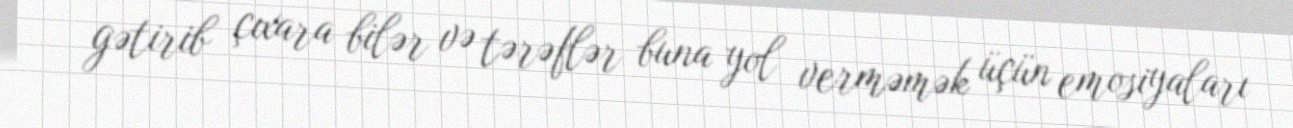
gətirib çıxara bilər və tərəflər buna yol verməmək üçün emosiyaları